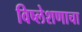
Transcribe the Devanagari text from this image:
विष्लेशणाचा